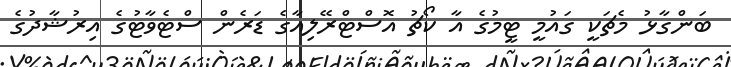
ބަންގާޅު މެޗަކީ ގައުމީ ޓީމުގެ އާ ކޯޗު އޮސްޓްރޭލިއާގެ ޑަރެން ސްޓެވާޓުގެ އިރުޝާދުގެ